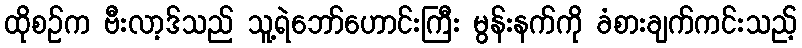
ထိုစဉ်က ဗီးလာ့ဒ်သည် သူ့ရဲဘော်ဟောင်းကြီး မွန်းနက်ကို ခံစားချက်ကင်းသည့်